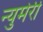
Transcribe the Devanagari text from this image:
न्युमेरी